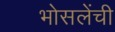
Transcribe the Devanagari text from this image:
भोसलेंची